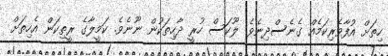
ހިތަށް އުފާވެރިކަމެއް ގެނެސްދިނެވެ. ލޫކަސް ހުރީ ދާހިތަކުން ނޫނެވެ. ކަމީލާގެ ރީތިކަން އެހިތަށް